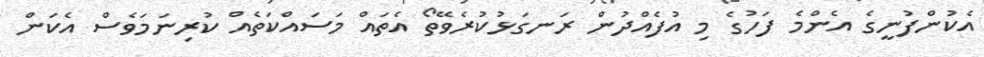
އެކުންފުނީގެ އެންމެ ފަހުގެ މި އުފެއްދުން ރަނގަޅުކުރެވޭތޯ އެތައް މަސައްކަތެއް ކުރިނަމަވެސް އެކަން